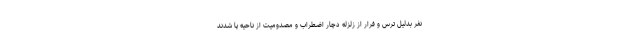
نفر بدلیل ترس و فرار از زلزله دچار اضطراب و مصدومیت از ناحیه پا شدند